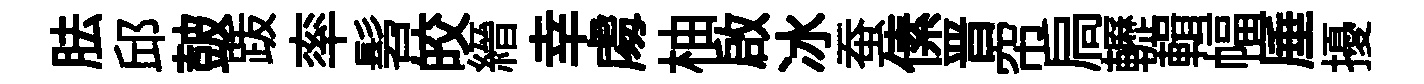
胠邱皷䟦率髫皎縉幸䖏柚啟冰蚕傃晋帘扃轣輯幅厜擾